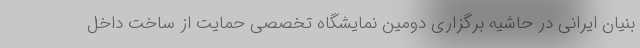
بنیان ایرانی در حاشیه برگزاری دومین نمایشگاه تخصصی حمایت از ساخت داخل